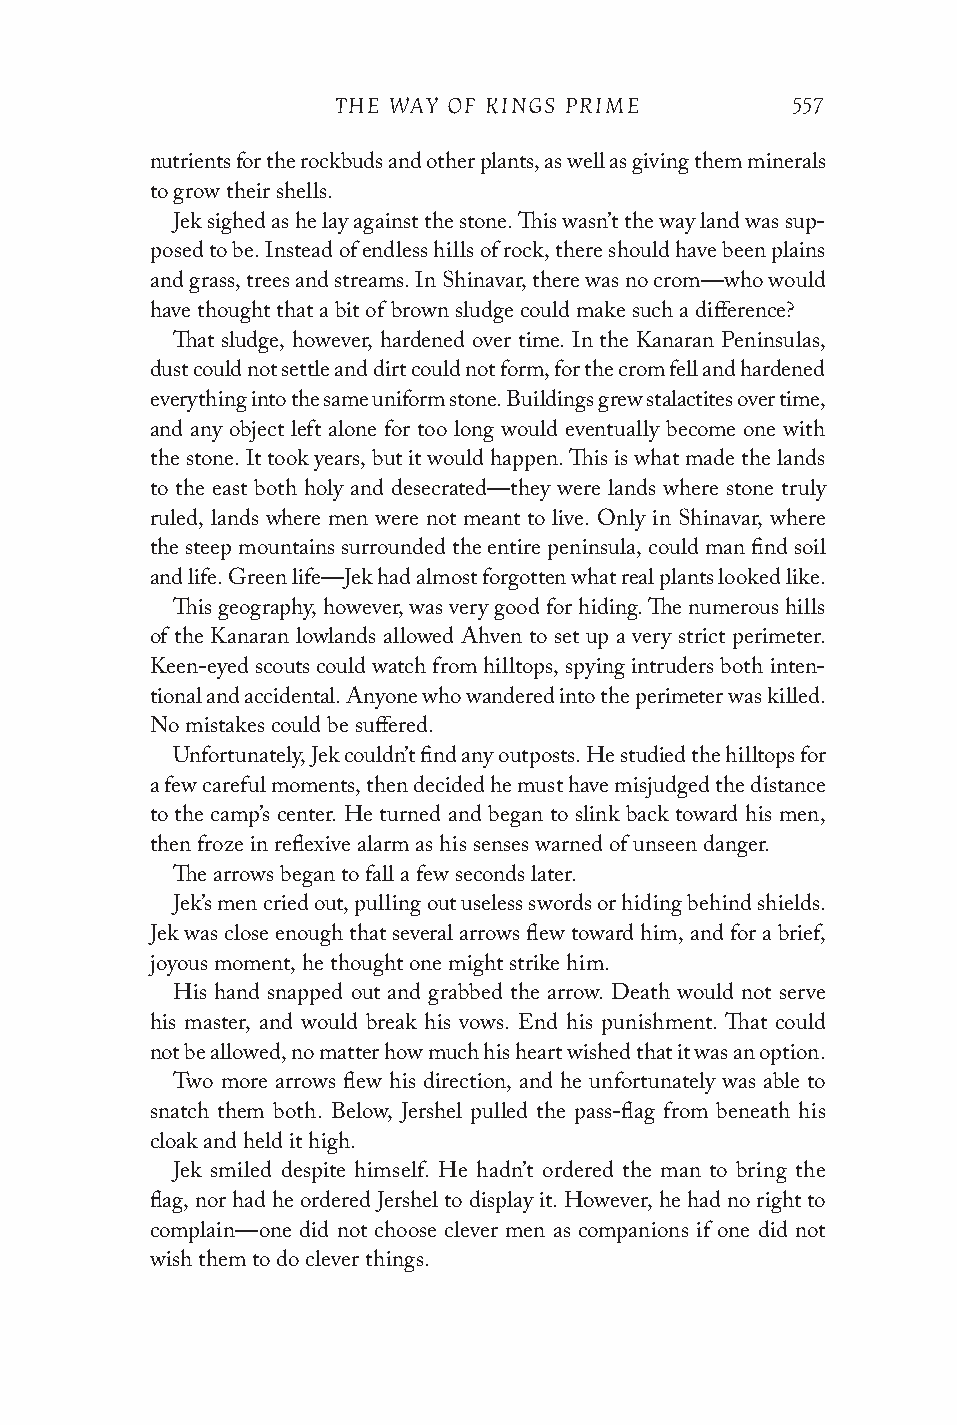
THE WAY OF KINGS PRIME        557
 nutrients for the rockbuds and other plants, as well as giving them minerals
 to grow their shells.
 Jek sighed as he lay against the stone. This wasn’t the way land was sup-
 posed to be. Instead of endless hills of rock, there should have been plains
 and grass, trees and streams. In Shinavar, there was no crom—who would
 have thought that a bit of brown sludge could make such a difference?
 That sludge, however, hardened over time. In the Kanaran Peninsulas,
 dust could not settle and dirt could not form, for the crom fell and hardened
 everything into the same uniform stone. Buildings grew stalactites over time,
 and any object left alone for too long would eventually become one with
 the stone. It took years, but it would happen. This is what made the lands
 to the east both holy and desecrated—they were lands where stone truly
 ruled, lands where men were not meant to live. Only in Shinavar, where
 the steep mountains surrounded the entire peninsula, could man find soil
 and life. Green life—Jek had almost forgotten what real plants looked like.
 This geography, however, was very good for hiding. The numerous hills
 of the Kanaran lowlands allowed Ahven to set up a very strict perimeter.
 Keen-eyed scouts could watch from hilltops, spying intruders both inten-
 tional and accidental. Anyone who wandered into the perimeter was killed.
 No mistakes could be suffered.
 Unfortunately, Jek couldn’t find any outposts. He studied the hilltops for
 a few careful moments, then decided he must have misjudged the distance
 to the camp’s center. He turned and began to slink back toward his men,
 then froze in reflexive alarm as his senses warned of unseen danger.
 The arrows began to fall a few seconds later.
 Jek’s men cried out, pulling out useless swords or hiding behind shields.
 Jek was close enough that several arrows flew toward him, and for a brief,
 joyous moment, he thought one might strike him.
 His hand snapped out and grabbed the arrow. Death would not serve
 his master, and would break his vows. End his punishment. That could
 not be allowed, no matter how much his heart wished that it was an option.
 Two more arrows flew his direction, and he unfortunately was able to
 snatch them both. Below, Jershel pulled the pass-flag from beneath his
 cloak and held it high.
 Jek smiled despite himself. He hadn’t ordered the man to bring the
 flag, nor had he ordered Jershel to display it. However, he had no right to
 complain—one did not choose clever men as companions if one did not
 wish them to do clever things.